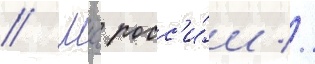
// Мчс росс'и́и //